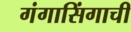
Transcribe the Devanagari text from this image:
गंगासिंगाची